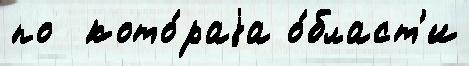
по  кото́раjа о́бласт'и